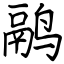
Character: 鹝